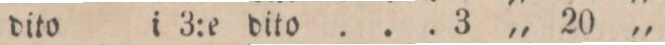
„ dito i 3:a dito ... 3 „ 20 „